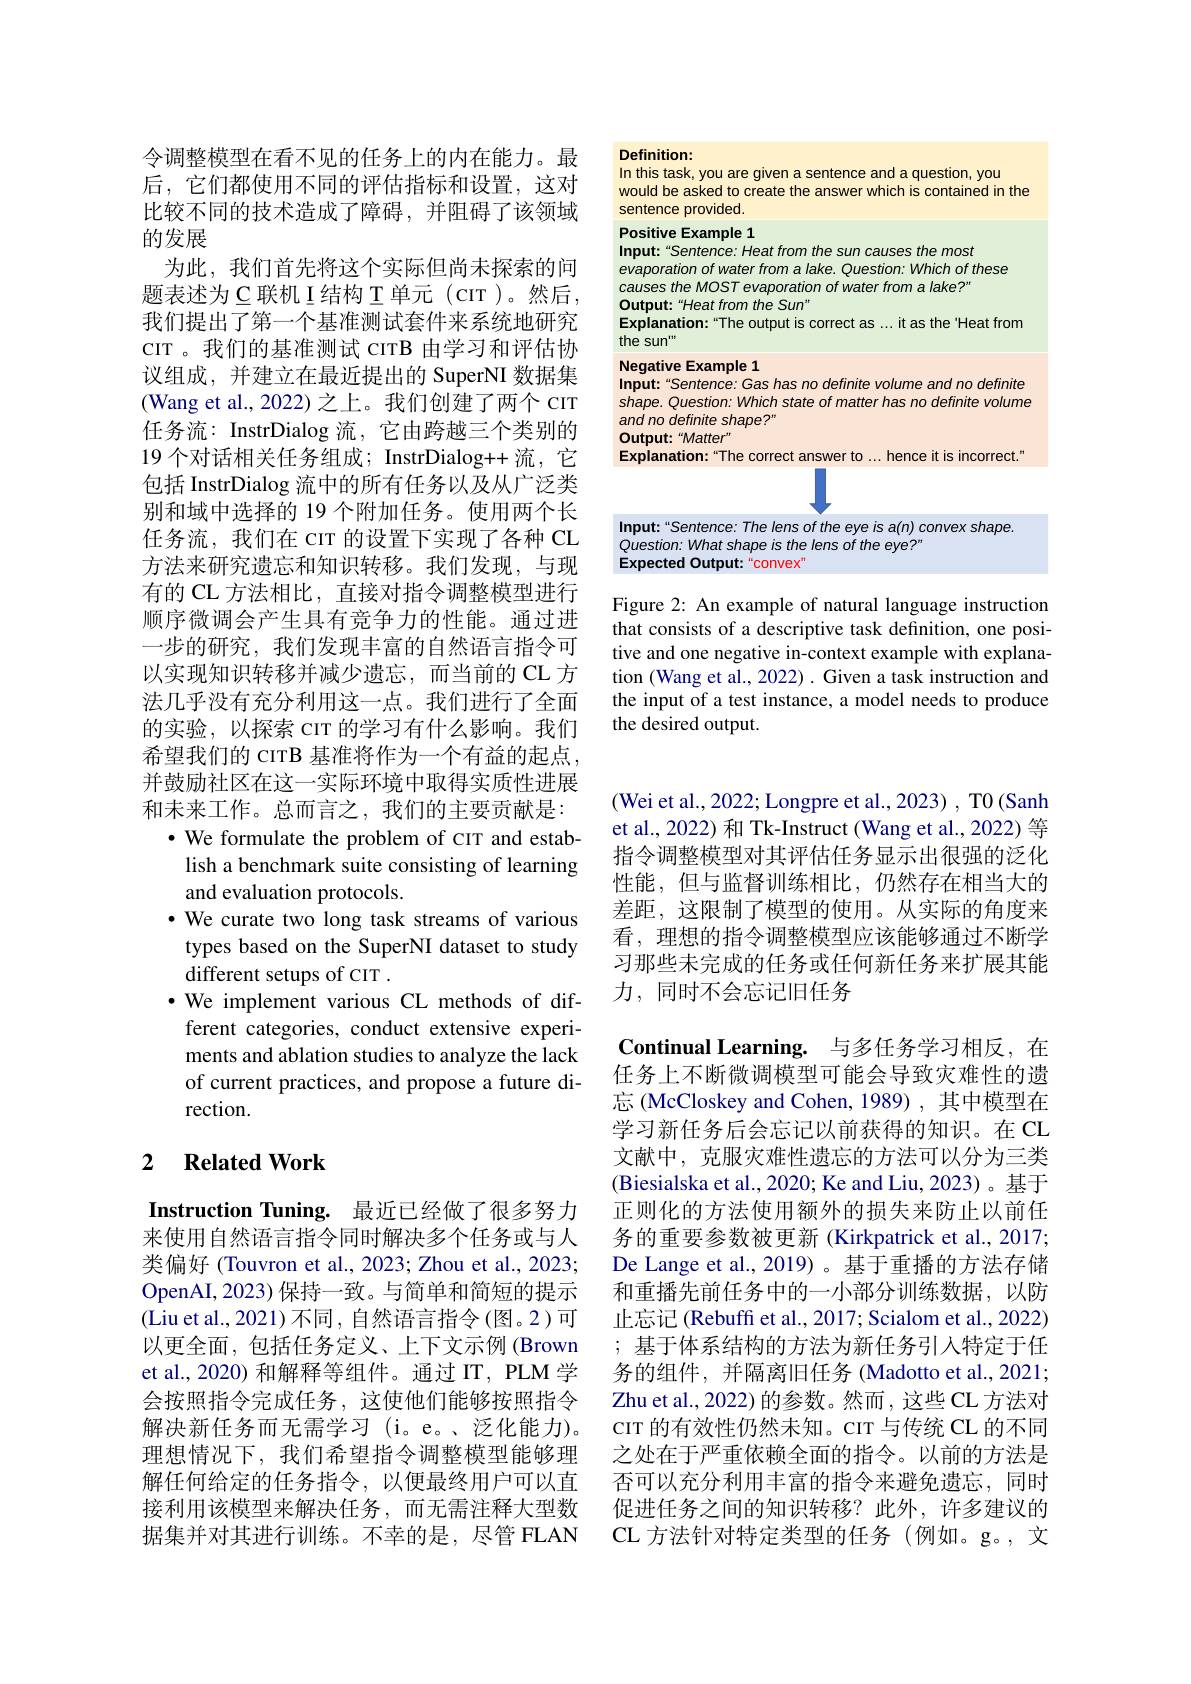
### Definition:
In this task, you are given a sentence and a question, you

would be asked to create the answer which is contained in the
sentence provided.

Positive Example 1
Input:“Sentence: Heat from the sun causes the most

evaporation of water from a lake. Question: Which of these
causes the MOST evaporation of water from a lake?"
Output:“Heat from the Sun"
Explanation:“The output is correct as ...it as the"Heat from
the sun"
Negative Example 1
Input:“Sentence: Gas has no definite volume and no definite shape. Question: Which state of matter has no definite volume and no definite shape?"
Output:“Matter”
Explanation:“The correct answer to...hence it is incorrect."

$JL$

Input:“Sentence: The lens of the eye is a(n) convex shape.
Question: What shape is the lens of the eye?"
Expected Output:“convex”

Figure 2: An example of natural language instruction that consists of a descriptive task definition, one positive and one negative in-context example with explanation (Wang et al., 2022) . Given a task instruction and the input of a test instance, a model needs to produce the desired output.

令调整模型在看不见的任务上的内在能力。最后，它们都使用不同的评估指标和设置，这对比较不同的技术造成了障碍，并阻碍了该领域的发展
为此，我们首先将这个实际但尚未探索的问题表述为$\subseteq$联机I结构 T 单元(CIT)。然后， 我们提出了第一个基准测试套件来系统地研究CIT 。我们的基准测试 CITB 由学习和评估协议组成，并建立在最近提出的 SuperNI 数据集(Wang et al., 2022) 之上。我们创建了两个 cıT 任务流：InstrDialog 流，它由跨越三个类别的19 个对话相关任务组成；InstrDialog++ 流，它包括 InstrDialog 流中的所有任务以及从广泛类别和域中选择的 19 个附加任务。使用两个长任务流，我们在 cır 的设置下实现了各种 CL 方法来研究遗忘和知识转移。我们发现，与现有的 CL 方法相比，直接对指令调整模型进行顺序微调会产生具有竞争力的性能。通过进一步的研究，我们发现丰富的自然语言指令可以实现知识转移并减少遗忘，而当前的 CL 方法几乎没有充分利用这一点。我们进行了全面的实验，以探索 CIT 的学习有什么影响。我们希望我们的 CITB 基准将作为一个有益的起点， 并鼓励社区在这一实际环境中取得实质性进展和未来工作。总而言之，我们的主要贡献是：
$\bullet$ We formulate the problem of cIT and estab-
lish a benchmark suite consisting of learning
and evaluation protocols.
$\cdot$ We curate two long task streams of various types based on the SuperNI dataset to study different setups of CIT .
$\cdot$ We implement various CL methods of dif-
ferent categories, conduct extensive experiments and ablation studies to analyze the lack of current practices, and propose a future direction.

## 2 $\textbf{Related Work}$

Instruction Tuning. 最近已经做了很多努力来使用自然语言指令同时解决多个任务或与人类偏好(Touvron et al., 2023; Zhou et al., 2023; OpenAI, 2023) 保持一致。与简单和简短的提示(Liu et al., 2021)不同，自然语言指令(图。2)可以更全面，包括任务定义、上下文示例 (Brown et al., 2020) 和解释等组件。通过 IIT, PLM 学会按照指令完成任务，这使他们能够按照指令解决新任务而无需学习(i。e。、泛化能力)。理想情况下，我们希望指令调整模型能够理解任何给定的任务指令，以便最终用户可以直接利用该模型来解决任务，而无需注释大型数据集并对其进行训练。不幸的是，尽管 FLAN

(Wei et al., 2022; Longpre et al., 2023) , T0 (Sanh et al., 2022) 和 Tk-Instruct (Wang et al., 2022) 等指令调整模型对其评估任务显示出很强的泛化性能，但与监督训练相比，仍然存在相当大的差距，这限制了模型的使用。从实际的角度来看，理想的指令调整模型应该能够通过不断学习那些未完成的任务或任何新任务来扩展其能力，同时不会忘记旧任务

$\textbf{Continual Learning. }$ 与多任务学习相反，在

任务上不断微调模型可能会导致灾难性的遗忘 (McCloskey and Cohen, 1989) , 其中模型在学习新任务后会忘记以前获得的知识。在 CL 文献中，克服灾难性遗忘的方法可以分为三类(Biesialska et al., 2020; Ke and Liu, 2023)。基于正则化的方法使用额外的损失来防止以前任务的重要参数被更新 (Kirkpatrick et al., 2017; De Lange et al.,2019) 。基于重播的方法存储和重播先前任务中的一小部分训练数据，以防止忘记 (Rebuffi et al., 2017; Scialom et al., 2022) ;基于体系结构的方法为新任务引入特定于任务的组件，并隔离旧任务(Madotto et al.,2021; Zhu et al. , 2022) 的参数。然而，这些 CL 方法对CIT 的有效性仍然未知。CIT 与传统 CL 的不同之处在于严重依赖全面的指令。以前的方法是否可以充分利用丰富的指令来避免遗忘，同时促进任务之间的知识转移？此外，许多建议的CL 方法针对特定类型的任务(例如。g。,文